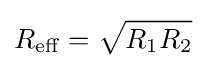
R_{\rm {eff}}={\sqrt {R_{1}R_{2}}}